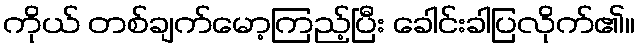
ကိုယ် တစ်ချက်မော့ကြည့်ပြီး ခေါင်းခါပြလိုက်၏။